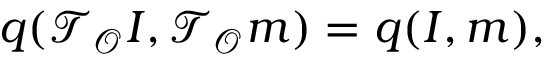
q ( \mathcal T _ { \mathcal O } I , \mathcal T _ { \mathcal O } m ) = q ( I , m ) ,